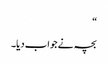
“
بچہ نے جواب دیا۔